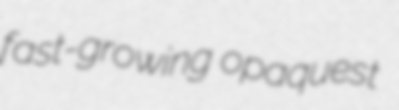
fast-growing opaquest